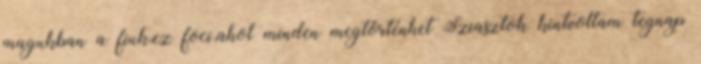
magukban a fiuk,ez foci,ahol minden megtörténhet Sziasztok kintvoltam tegnap